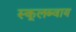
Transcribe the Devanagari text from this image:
स्कूलब्वाय